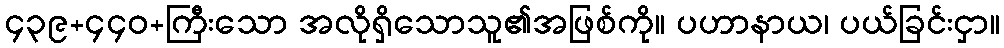
၄၃၉+၄၄၀+ကြီးသော အလိုရှိသောသူ၏အဖြစ်ကို။ ပဟာနာယ၊ ပယ်ခြင်းငှာ။